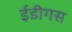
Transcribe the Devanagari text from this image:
ईडीगस